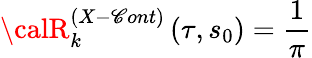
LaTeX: {\calR}_{k}^{\left(X-\mathscr{C}ont\right)}\left(\tau,s_{0}\right)=\frac{{1}}{{\pi}}